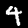
Digit: 4